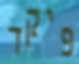
פיקד